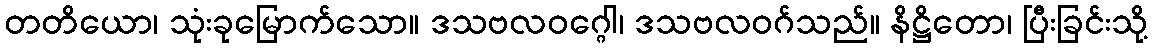
တတိယော၊ သုံးခုမြောက်သော။ ဒသဗလဝဂ္ဂေါ၊ ဒသဗလဝဂ်သည်။ နိဋ္ဌိတော၊ ပြီးခြင်းသို့